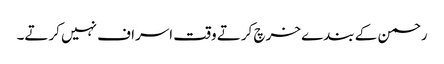
رحمن کے بندے خرچ کرتے وقت اسراف نہیں کرتے۔